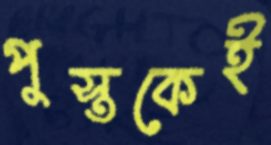
পুস্তকেই